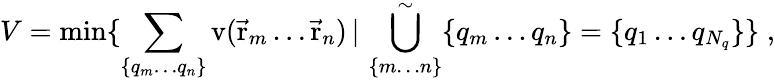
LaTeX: V=\operatorname*{min}\{ \sum_{\{ q_{m}\ldots q_{n}\} }\mathrm{v}({\vec{\mathrm{r}}}_{m}\ldots{\vec{\mathrm{r}}}_{n})\, |\, \bigcup_{\{ m\ldots n\} }^{\sim}\{ q_{m}\ldots q_{n}\} =\{ q_{1}\ldots q_{N_{q}}\} \} \; ,